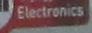
electronics